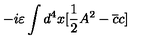
- i \varepsilon \int d ^ { 4 } x [ \frac { 1 } { 2 } A ^ { 2 } - \overline { { c } } c ]